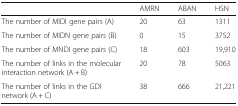
<table><thead><tr><td>[EMPTY_CELL]</td><td><b>AMRN</b></td><td><b>ABAN</b></td><td><b>HSN</b></td></tr></thead><tbody><tr><td>The number of MIDI gene pairs (A)</td><td>20</td><td>63</td><td>1311</td></tr><tr><td>The number of MIDN gene pairs (B)</td><td>0</td><td>15</td><td>3752</td></tr><tr><td>The number of MNDI gene pairs (C)</td><td>18</td><td>603</td><td>19,910</td></tr><tr><td>The number of links in the molecular interaction network (A + B)</td><td>20</td><td>78</td><td>5063</td></tr><tr><td>The number of links in the GDI network (A + C)</td><td>38</td><td>666</td><td>21,221</td></tr></tbody></table>